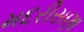
મદરીસણા